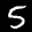
Digit: 5